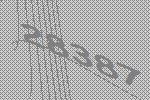
28387